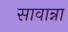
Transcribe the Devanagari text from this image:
सावान्ना